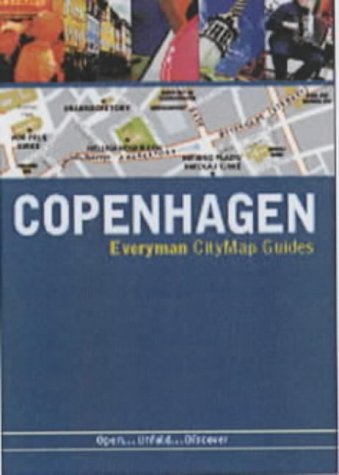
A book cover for Copenhagen EveryMan MapGuide 2006 (Everyman MapGuides); Travel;